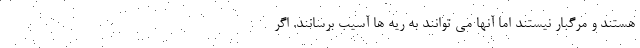
هستند و مرگبار نیستند اما آنها می توانند به ریه ها آسیب برسانند. اگر